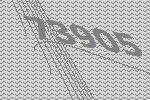
73905